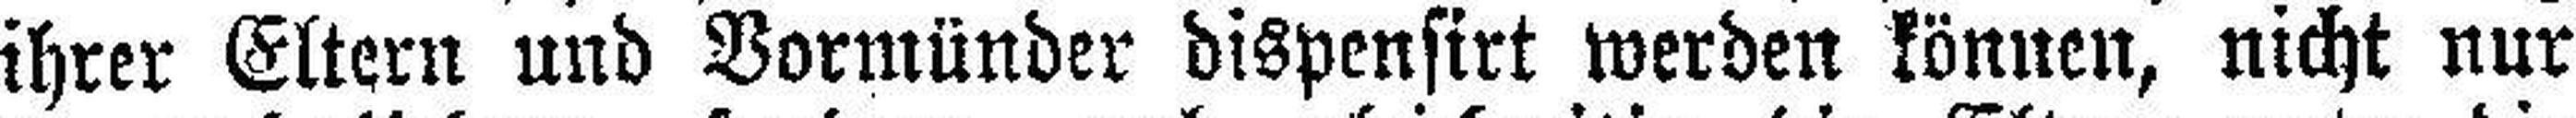
ihrer Eltern und Vormünder dispensirt werden können, nicht nur